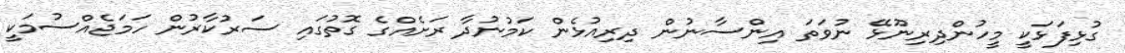
ގުޅިފަޅަކީ މީހުންދިރިނޫޅޭ ނުވަތަ އިންސާނުން ދިރިއުޅެން ކަމުނުދާ ރަށެއްގެ ގޮތުގައި ސަރުކާރުން ހަމަޖެއްސުމަކީ